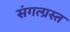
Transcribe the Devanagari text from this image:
संगत्ग्रस्त